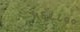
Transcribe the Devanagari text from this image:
५६८८००